Problem: 37 + 47 = ?
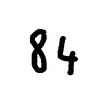
Handwritten answer: 84